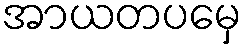
အာယတပမှေ